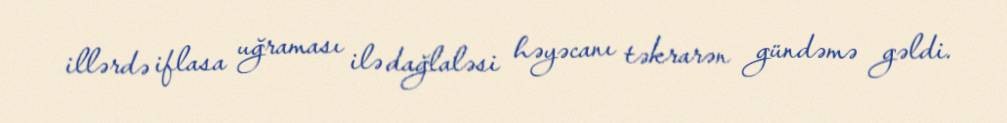
illərdə iflasa uğraması ilə dağlaləsi həyəcanı təkrarən gündəmə gəldi.